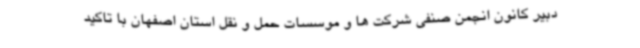
دبیر کانون انجمن صنفی شرکت ها و موسسات حمل و نقل استان اصفهان با تاکید